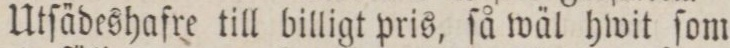
Utſädeshafre till billigt pris, ſå wäl hwit ſom